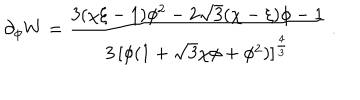
LaTeX: \partial _ { \phi } W = { \frac { 3 ( \chi \xi - 1 ) \phi ^ { 2 } - 2 \sqrt { 3 } ( \chi - \xi ) \phi - 1 } { 3 \, [ \phi ( 1 + \sqrt { 3 } \chi \phi + \phi ^ { 2 } ) ] ^ { \frac { 4 } { 3 } } } } \ .